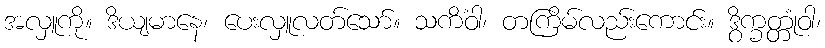
အလှူကို။ ဒိယျမာနေ၊ ပေးလှူလတ်သော်။ သကိံဝါ၊ တကြိမ်လည်းကောင်း။ ဒွိက္ခတ္တုံဝါ၊